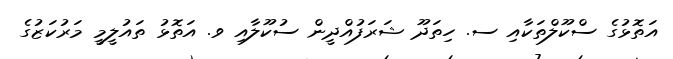
އަތޮޅުގެ ސްކޫލްތަކާއި ސ. ހިތަދޫ ޝަރަފުއްދީން ސުކޫލާއި ވ. އަތޮޅު ތައުލީމީ މަރުކަޒުގެ